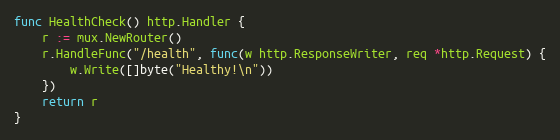
Language: Go
func HealthCheck() http.Handler {
	r := mux.NewRouter()
	r.HandleFunc("/health", func(w http.ResponseWriter, req *http.Request) {
		w.Write([]byte("Healthy!\n"))
	})
	return r
}